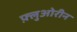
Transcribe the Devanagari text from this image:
फ़्लुओरीन